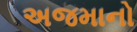
અજમાનો